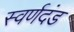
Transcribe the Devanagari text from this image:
स्वर्णदंड